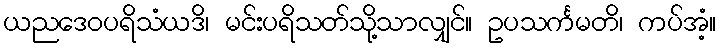
ယညဒေဝပရိသံယဒိ၊ မင်းပရိသတ်သို့သာလျှင်။ ဥပသင်္ကမတိ၊ ကပ်အံ့။